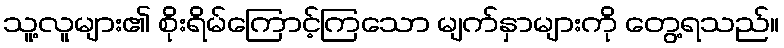
သူ့လူများ၏ စိုးရိမ်ကြောင့်ကြသော မျက်နှာများကို တွေ့ရသည်။